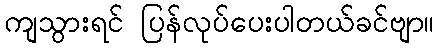
ကျသွားရင် ပြန်လုပ်ပေးပါတယ်ခင်ဗျာ။